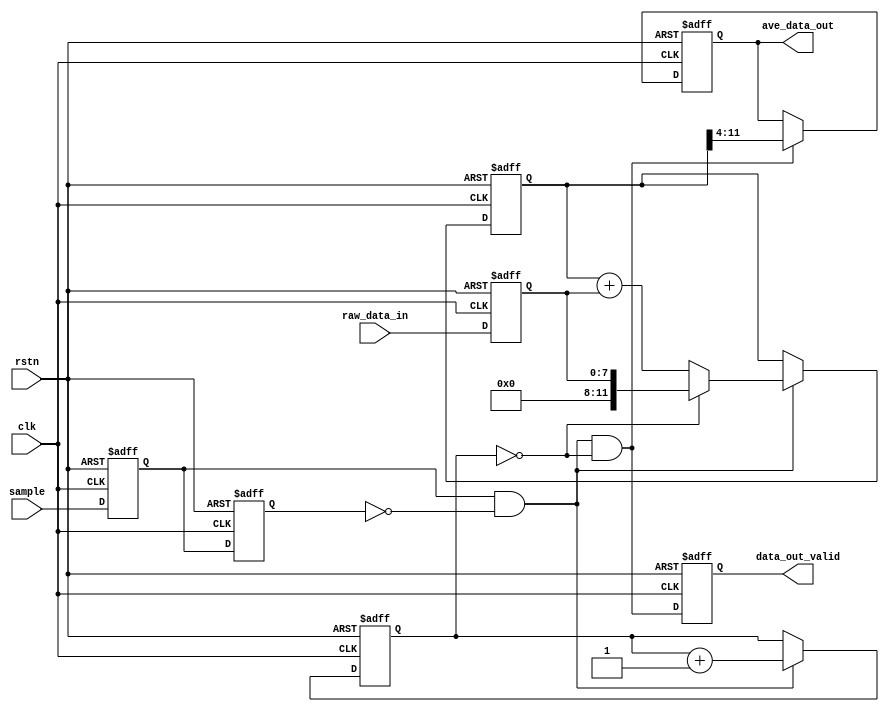
// --------------------------------------------------------------------
// >>>>>>>>>>>>>>>>>>>>>>>>> COPYRIGHT NOTICE <<<<<<<<<<<<<<<<<<<<<<<<<
// --------------------------------------------------------------------
// Copyright (c) 2009 ~ 2010 by Lattice Semiconductor Corporation
// --------------------------------------------------------------------
//
// Permission:
//
//   Lattice Semiconductor grants permission to use this code for use
//   in synthesis for any Lattice programmable logic product.  Other
//   use of this code, including the selling or duplication of any
//   portion is strictly prohibited.
//
// Disclaimer:
//
//   This VHDL or Verilog source code is intended as a design reference
//   which illustrates how these types of functions can be implemented.
//   It is the user's responsibility to verify their design for
//   consistency and functionality through the use of formal
//   verification methods.  Lattice Semiconductor provides no warranty
//   regarding the use or functionality of this code.
//
// --------------------------------------------------------------------
//
//               Lattice Semiconductor Corporation
//               5555 NE Moore Court
//               Hillsboro, OR 97214
//               U.S.A
//
//               TEL: 1-800-Lattice (USA and Canada)
//
//               web: http://www.latticesemi.com/
//   
// --------------------------------------------------------------------
//
//  Project:     ADC_lvds
//  Title:       Box Filter Average
//  Description: Returns average of last N samples, with /N decimation
//
// --------------------------------------------------------------------
//
// Revision History :
// --------------------------------------------------------------------
// $Log: lattice_adc.v,v $
// Revision	Date		
// 1.0		10/16/2009	S. Hossner   Initial Revision
//
// --------------------------------------------------------------------



//*********************************************************************
//
//	'Box' Average 
//
//  Standard Mean Average Calculation
//   Can be modeled as FIR Low-Pass Filter where 
//   all coefficients are equal to '1'.
//
//*********************************************************************



module box_ave (
	clk,
	rstn,
	sample,
	raw_data_in,
	ave_data_out,
    data_out_valid);

parameter 
ADC_WIDTH = 8,				// ADC Convertor Bit Precision
LPF_DEPTH_BITS = 4;         // 2^LPF_DEPTH_BITS is decimation rate of averager

//input ports
input	clk;                                // sample rate clock
input	rstn;	                            // async reset, asserted low
input	sample;				                // raw_data_in is good on rising edge, 
input	[ADC_WIDTH-1:0]	raw_data_in;		// raw_data input

//output ports
output [ADC_WIDTH-1:0]	ave_data_out;		// ave data output
output data_out_valid;                      // ave_data_out is valid, single pulse

reg [ADC_WIDTH-1:0]	ave_data_out;		
//**********************************************************************
//
//	Internal Wire & Reg Signals
//
//**********************************************************************
reg [ADC_WIDTH+LPF_DEPTH_BITS-1:0]      accum;          // accumulator
reg [LPF_DEPTH_BITS-1:0]                count;          // decimation count
reg [ADC_WIDTH-1:0]  					raw_data_d1;    // pipeline register

reg sample_d1, sample_d2;                               // pipeline registers
reg result_valid;                                       // accumulator result 'valid'
wire accumulate;                                        // sample rising edge detected
wire latch_result;                                      // latch accumulator result

//***********************************************************************
//
//  Rising Edge Detection and data alignment pipelines
//
//***********************************************************************
always @(posedge clk or negedge rstn)
begin
	if( ~rstn ) begin
		sample_d1 <= 0;	
		sample_d2 <= 0;
        raw_data_d1 <= 0;
		result_valid <= 0;
	end else begin
		sample_d1 <= sample;                // capture 'sample' input
		sample_d2 <= sample_d1;             // delay for edge detection
		raw_data_d1 <= raw_data_in; 	    // pipeline 
		result_valid <= latch_result;		// pipeline for alignment with result
	end
end

assign		accumulate = sample_d1 && !sample_d2;	    // 'sample' rising_edge detect
assign		latch_result = accumulate && (count == 0);	// latch accum. per decimation count

//***********************************************************************
//
//  Accumulator Depth counter
//
//***********************************************************************
always @(posedge clk or negedge rstn)
begin
	if( ~rstn ) begin
		count <= 0;	  
	end else begin
	    if (accumulate)	count <= count + 1;         // incr. count per each sample
	end
end


//***********************************************************************
//
//  Accumulator
//
//***********************************************************************
always @(posedge clk or negedge rstn)
begin
	if( ~rstn ) begin
		accum <= 0;	
	end else begin
        if (accumulate)
            if(count == 0)                      // reset accumulator
    		    accum <= raw_data_d1;           // prime with first value
            else
                accum <= accum + raw_data_d1;   // accumulate
	end	
end
	
//***********************************************************************
//
//  Latch Result
//
//  ave = (summation of 'n' samples)/'n'  is right shift when 'n' is power of two
//
//***********************************************************************
always @(posedge clk or negedge rstn)
begin
	if( ~rstn ) begin
        ave_data_out <= 0;
    end else if (latch_result) begin            // at end of decimation period...
        ave_data_out <= accum >> LPF_DEPTH_BITS;	  // ... save accumulator/n result
    end
end

assign data_out_valid = result_valid;       // output assignment

endmodule